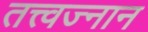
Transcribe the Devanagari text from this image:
तत्त्वज्नान